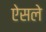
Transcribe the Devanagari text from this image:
ऐसले